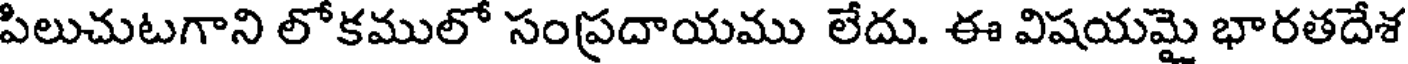
పిలుచుటగాని లోకములో సంప్రదాయము లేదు. ఈ విషయమై భారతదేశ